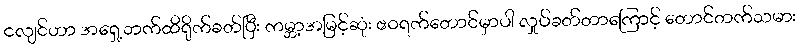
ငလျင်ဟာ အရှေ့ဘက်ထိရိုက်ခတ်ပြီး ကမ္ဘာ့အမြင့်ဆုံး ဧဝရက်တောင်မှာပါ လှုပ်ခတ်တာကြောင့် တောင်တက်သမား